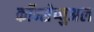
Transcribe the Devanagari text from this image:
कॉन्सेप्चुअल